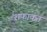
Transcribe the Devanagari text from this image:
शफाकत